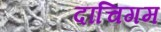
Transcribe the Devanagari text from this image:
दाचिगम